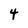
Character: 4